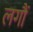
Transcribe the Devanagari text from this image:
लगौं